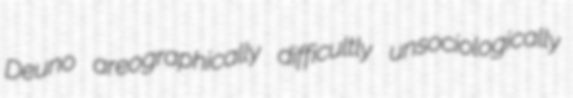
Deuno areographically difficultly unsociologically